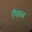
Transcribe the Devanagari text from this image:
पिवळ